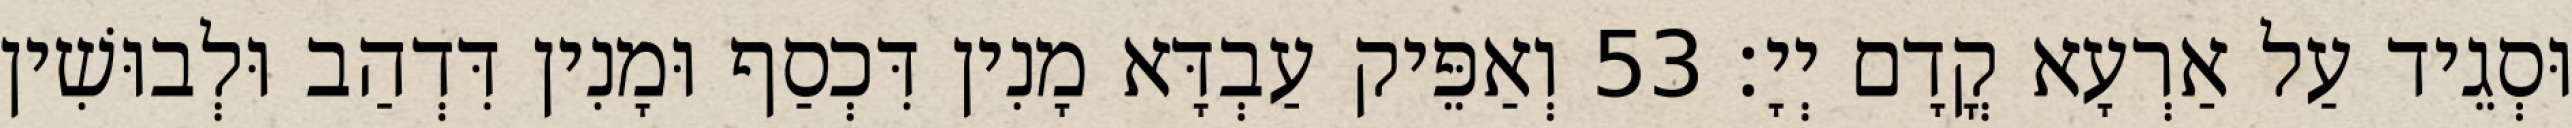
וּסְגֵיד עַל אַרְעָא קֳדָם יְיָ׃ 53 וְאַפֵּיק עַבְדָּא מָנִין דִּכְסַף וּמָנִין דִּדְהַב וּלְבוּשִׁין